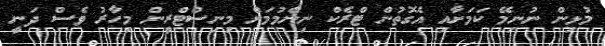
މުޅިން ނުނިމޭ ކަމަށާއި އެގޮތުން ޓްރެކް ނިންމުމަށް މިނިސްޓްރީން މިހާރު ވެސް ދަނީ